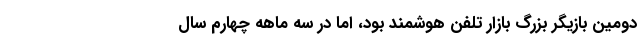
دومین بازیگر بزرگ بازار تلفن هوشمند بود، اما در سه ماهه چهارم سال